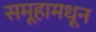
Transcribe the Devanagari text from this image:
समूहामधून